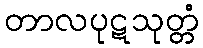
တာလပုဋသုတ္တံ